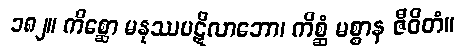
၁၈၂။ ကိစ္ဆော မနုဿပဋိလာဘော၊ ကိစ္ဆံ မစ္စာန ဇီဝိတံ။